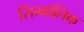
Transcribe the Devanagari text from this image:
सिम्बॉलिक